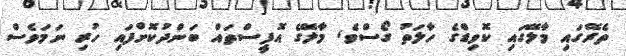
ތެރޭގައި މާލޭގައި ކޮވިޑްގެ ހާލަތު ގޯސްވެ